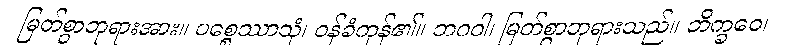
မြတ်စွာဘုရားအား။ ပစ္စေဿာသုံ၊ ဝန်ခံကုန်၏။ ဘဂဝါ၊ မြတ်စွာဘုရားသည်။ ဘိက္ခဝေ၊